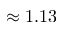
\approx 1 . 1 3